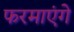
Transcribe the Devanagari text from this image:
फरमाएंगे